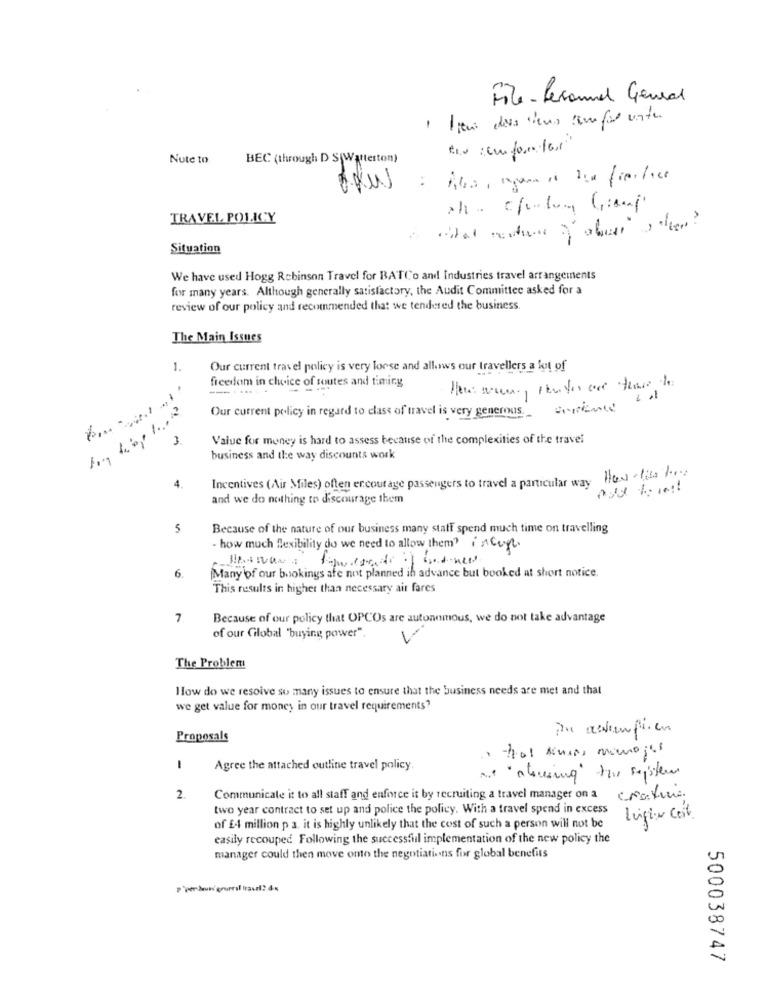
File-Lerannel General
1 litri dass dieus semper unter
Nute to
BEC (through D S|Waterton)
TRAVEL POLICY
Situation
We have used Hogg Robinson Travel for BATCo and Industries travel arrangements
for many years. Although generally satisfactory, the Audit Committee asked for a
review of our policy and recommended that we tendered the business.
The Main Issues
1.
Our current travel policy is very loose and allows our travellers a lot of
freedom in choice of routes and timing
Our current policy in regard to class of travel is very generous.
3
Value for money is hard to assess because of the complexities of the travel
business and the way discounts work
How- lite low
4.
Incentives (Air Miles) often encourage passengers to travel a particular way
and we do nothing to discourage them
5
Because of the nature of our business many statt spend much time on travelling
- how much flexibility do we need to allow them? incert.
Many of our bookings afe not planned in advance but booked at short notice.
6.
This results in higher than necessary air fares
7
Because of our policy that OPCOs are autonomous, we do not take advantage
of our Global "buying power"
The Problem
How do we resolve so many issues to ensure that the business needs are met and that
we get value for money in our travel requirements?
Proposals
Agree the attached outline travel policy.
at "abusing" your system
2.
Communicate it to all staff and enforce it by recruiting a travel manager on a
Crostini.
two year contract to set up and police the policy. With a travel spend in excess
Ligin Cost.
of £4 million p a. it is highly unlikely that the cost of such a person will not be
easily recouped Following the successful implementation of the new policy the
manager could then move onto the negotiations for global benefits
500038747